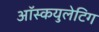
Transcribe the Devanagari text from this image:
ऑस्कयुलेटिग